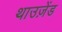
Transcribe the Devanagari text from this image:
थाउज़ेंड